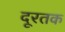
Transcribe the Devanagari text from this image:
दूरतक